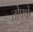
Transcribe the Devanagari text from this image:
तोफ्फे